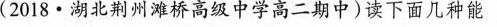
(2018·湖北荆州滩桥高级中学高二期中)读下面几种能